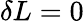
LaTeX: \delta L=0